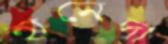
হানেদা